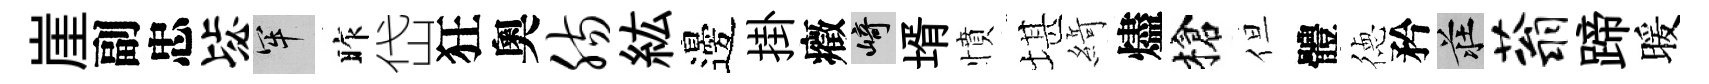
崖副忠毖牢昨岱狂奧肠紘邊掛癥崎壻憤堪𦂶燼槍但體徳矜莊蓊蹄暖